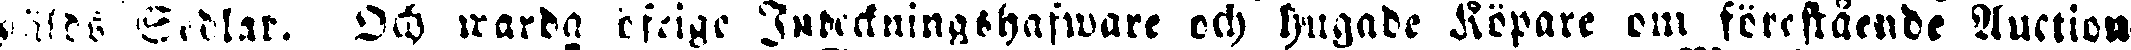
sålds Sedlar. Och warda öfrige Judeckningshafware och hugade Köpare om förestående Auction